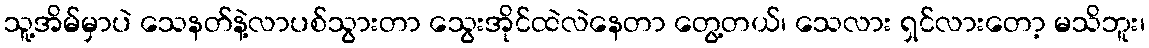
သူ့အိမ်မှာပဲ သေနတ်နဲ့လာပစ်သွားတာ သွေးအိုင်ထဲလဲနေတာ တွေ့တယ်၊ သေလား ရှင်လားတော့ မသိဘူး၊